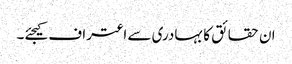
ان حقائق کا بہادری سے اعتراف کیجئے۔